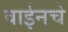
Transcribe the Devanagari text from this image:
वाईनचे